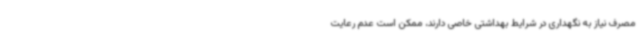
مصرف نیاز به نگهداری در شرایط بهداشتی خاصی دارند، ممکن است عدم رعایت